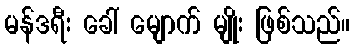
မန်ဒရီး ခေါ် မျောက် မျိုး ဖြစ်သည်။